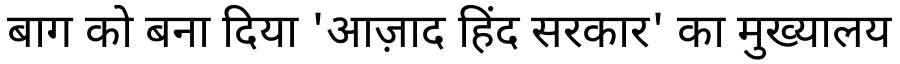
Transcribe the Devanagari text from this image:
बाग को बना दिया 'आज़ाद हिंद सरकार' का मुख्यालय